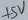
Text: +5V